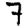
Digit: 7